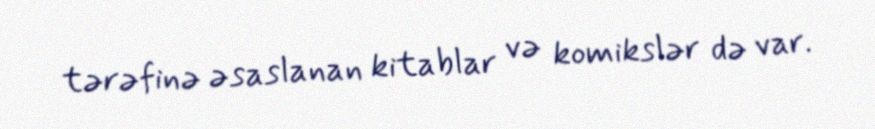
tərəfinə əsaslanan kitablar və komikslər də var.